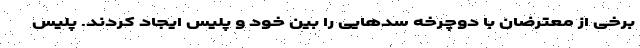
برخی از معترضان با دوچرخه سدهایی را بین خود و پلیس ایجاد کردند. پلیس